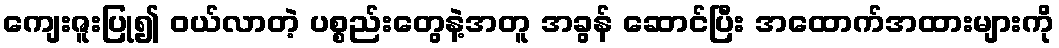
ကျေးဇူးပြု၍ ဝယ်လာတဲ့ ပစ္စည်းတွေနဲ့အတူ အခွန် ဆောင်ပြီး အထောက်အထားများကို